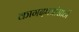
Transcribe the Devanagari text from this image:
कागदपत्रांसाठी